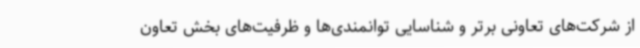
از شرکت‌های تعاونی برتر و شناسایی توانمندی‌ها و ظرفیت‌های بخش تعاون